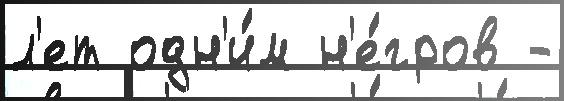
л'ет одн'и́м н'е́гров -